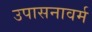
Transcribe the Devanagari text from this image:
उपासनावर्म